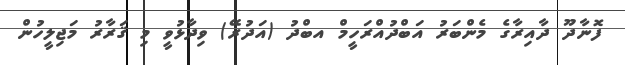
ފޮނާދޫ ދާއިރާގެ މެންބަރު އަބްދުއްރަހީމް އބްދު (އަދުރޭ) ވިދާޅުވީ މި ޤަރާރު މަޖިލީހުން